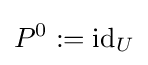
P^{0}:=\operatorname {id} _{U}